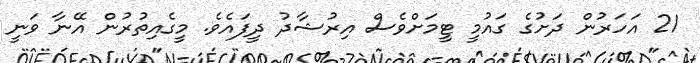
21 އަހަރުން ދަށުގެ ގައުމީ ޓީމަށްވެސް އިރުޝާދު ދީފައެވެ. މީގެއިތުރުން އޭނާ ވަނީ